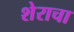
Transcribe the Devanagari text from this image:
शेराचा